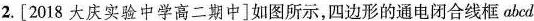
2.[2018大庆实验中学高二期中]如图所示，四边形的通电闭合线框abcd